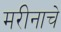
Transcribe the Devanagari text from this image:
मरीनाचे